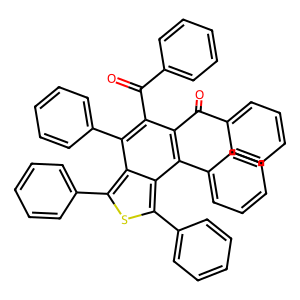
SMILES: O=C(c1ccccc1)c1c(C(=O)c2ccccc2)c(-c2ccccc2)c2c(-c3ccccc3)sc(-c3ccccc3)c2c1-c1ccccc1
Inhibits HIV replication: No